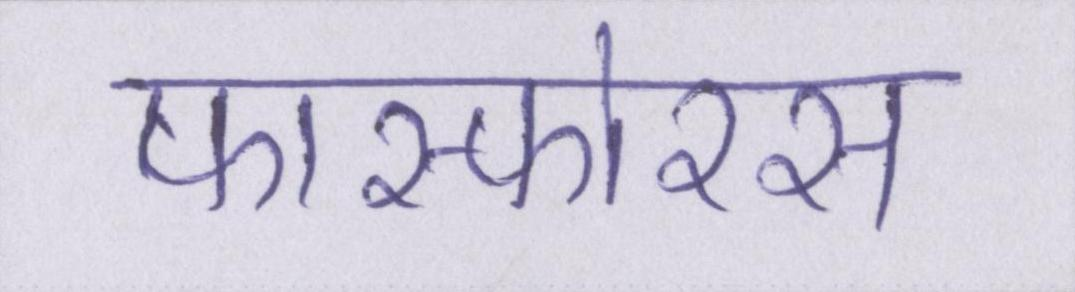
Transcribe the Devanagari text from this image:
फास्फोरस